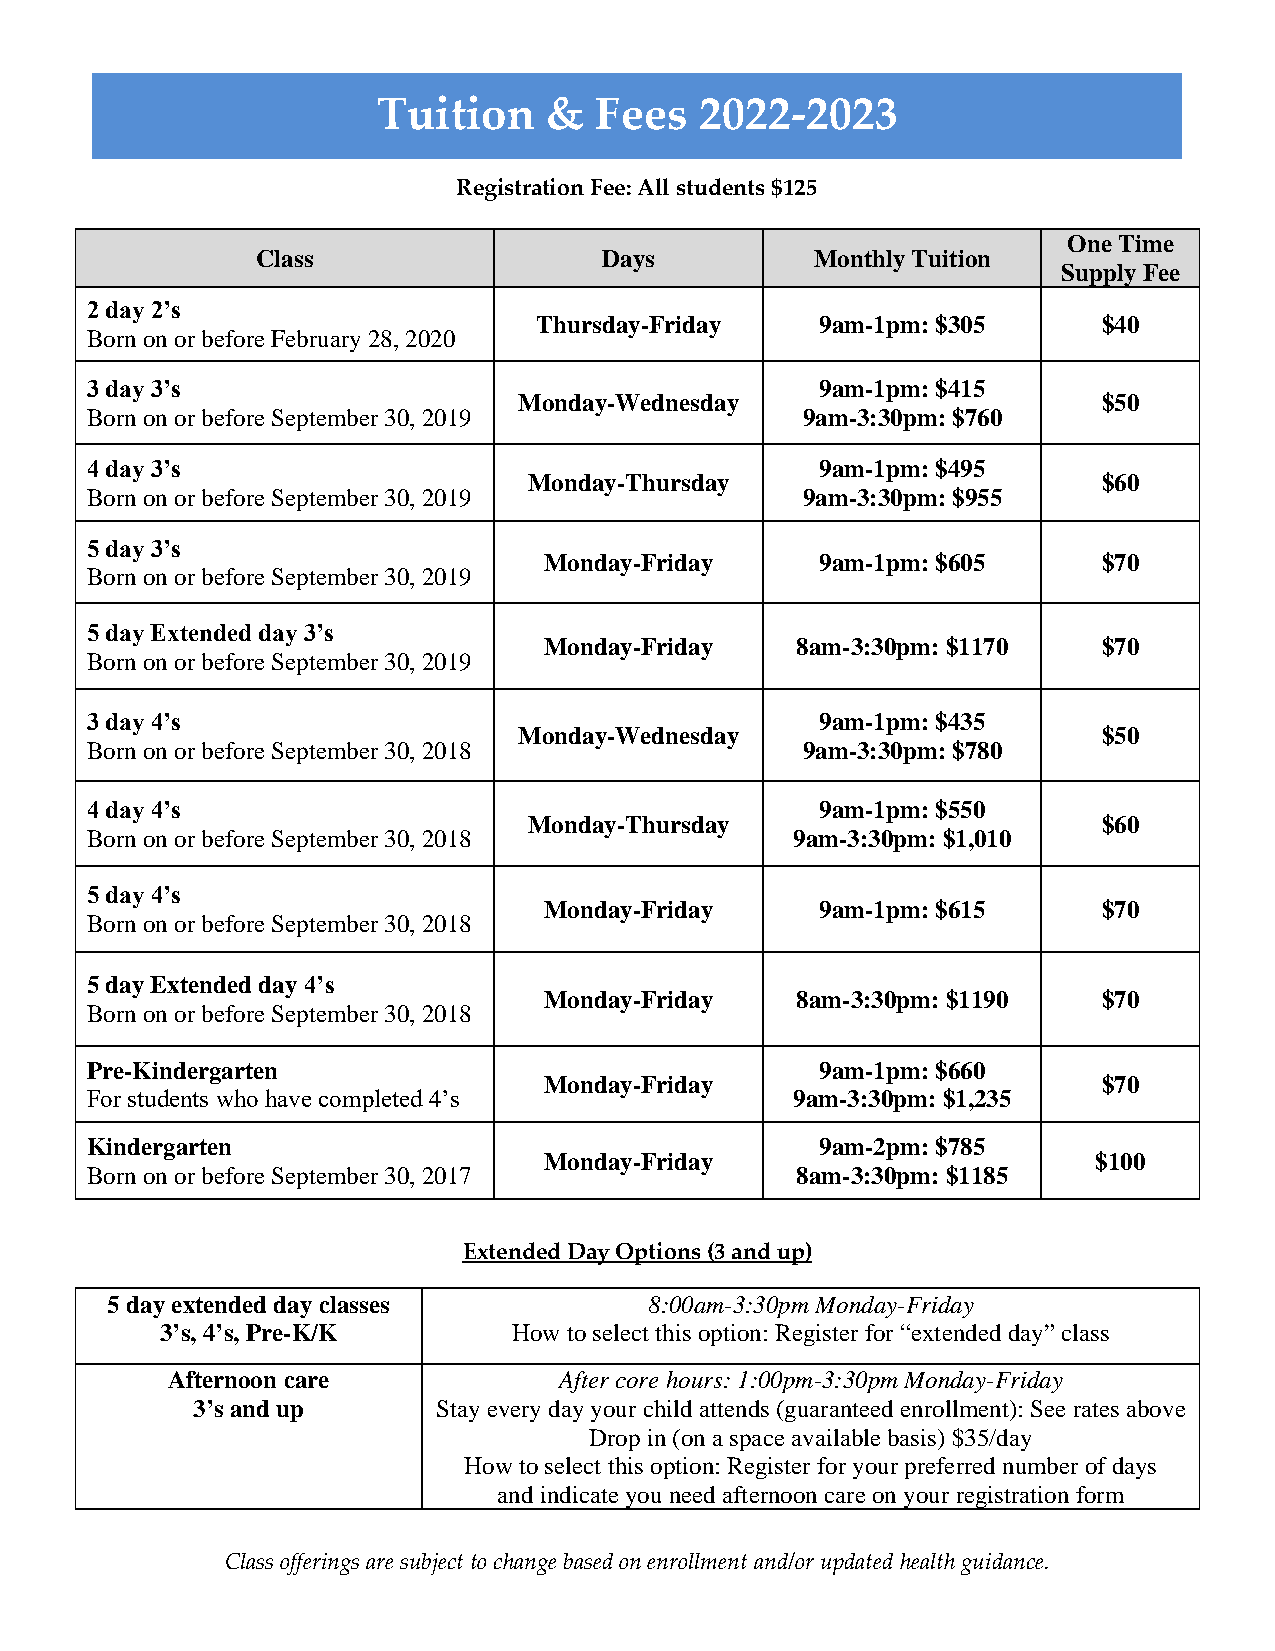
Tuition    &  Fees   2022-2023
 Registration Fee: All students $125
 One Time
 Class                  Days          Monthly Tuition
 Supply Fee
 2 day 2’s
 Thursday-Friday   9am-1pm: $305      $40
 Born on or before February 28, 2020
 3 day 3’s                                       9am-1pm: $415
 Monday-Wednesday                       $50
 Born on or before September 30, 2019           9am-3:30pm: $760
 4 day 3’s                                       9am-1pm: $495
 Monday-Thursday                       $60
 Born on or before September 30, 2019           9am-3:30pm: $955
 5 day 3’s
 Monday-Friday     9am-1pm: $605      $70
 Born on or before September 30, 2019
 5 day Extended day 3’s
 Monday-Friday    8am-3:30pm: $1170   $70
 Born on or before September 30, 2019
 3 day 4’s                                       9am-1pm: $435
 Monday-Wednesday                       $50
 Born on or before September 30, 2018           9am-3:30pm: $780
 4 day 4’s                                       9am-1pm: $550
 Monday-Thursday                       $60
 Born on or before September 30, 2018           9am-3:30pm: $1,010
 5 day 4’s
 Monday-Friday     9am-1pm: $615      $70
 Born on or before September 30, 2018
 5 day Extended day 4’s
 Monday-Friday    8am-3:30pm: $1190   $70
 Born on or before September 30, 2018
 Pre-Kindergarten                                9am-1pm: $660
 Monday-Friday                        $70
 For students who have completed 4’s            9am-3:30pm: $1,235
 Kindergarten                                    9am-2pm: $785
 Monday-Friday                        $100
 Born on or before September 30, 2017           8am-3:30pm: $1185
 Extended Day Options (3 and up)
 5 day extended day classes          8:00am-3:30pm Monday-Friday
 3’s, 4’s, Pre-K/K      How to select this option: Register for “extended day” class
 Afternoon care            After core hours: 1:00pm-3:30pm Monday-Friday
 3’s and up      Stay every day your child attends (guaranteed enrollment): See rates above
 Drop in (on a space available basis) $35/day
 How to select this option: Register for your preferred number of days
 and indicate you need afternoon care on your registration form
 Class offerings are subject to change based on enrollment and/or updated health guidance.